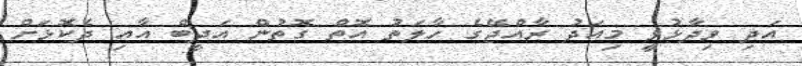
އަދި ވިދާޅުވީ މިއަދު ރާއްޖޭގެ ހާލަތު އޮތް ގޮތުން އަދީބް އާއި ދެކޮޅަށް